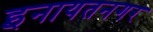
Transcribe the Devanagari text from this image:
इनायतनगर